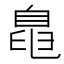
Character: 𱼨